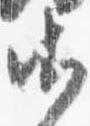
御